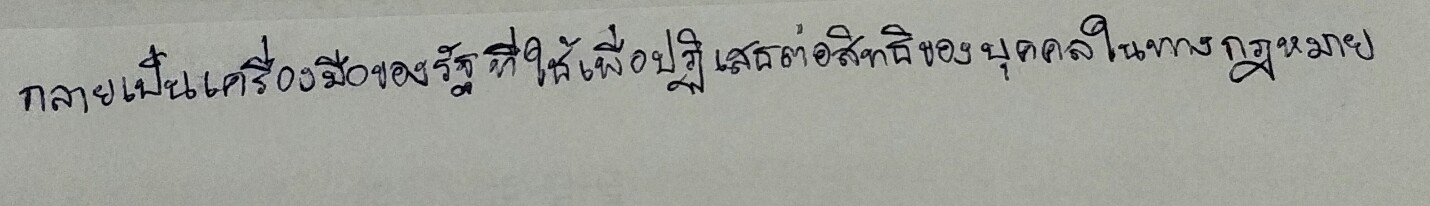
กลายเป็นเครื่องมือของรัฐที่ใช้เพื่อปฏิเสธต่อสิทธิของบุคคลในทางกฎหมาย